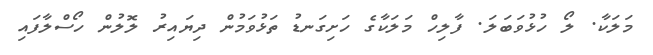
މަލަކާ. ލޯ ހުޅުވަބަލަ. ފާލިހް މަލަކާގެ ހަށިގަނޑު ތަޅުވަމުން ދިޔައިރު ލޮލުން ހޯސްލާފައި